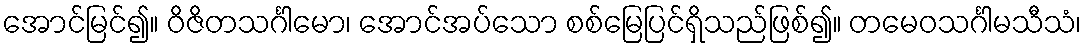
အောင်မြင်၍။ ဝိဇိတသင်္ဂါမော၊ အောင်အပ်သော စစ်မြေပြင်ရှိသည်ဖြစ်၍။ တမေဝသင်္ဂါမသီသံ၊